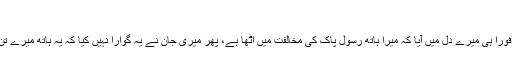
‘
اس کا کہنا تھا: ’فوراً ہی میرے دل میں آیا کہ میرا ہاتھ رسول پاک کی مخالفت میں اٹھا ہے، پھر میری جان نے یہ گوارا نہیں کیا کہ یہ ہاتھ میرے تن کے ساتھ رہے۔